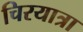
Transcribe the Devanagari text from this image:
चिरयात्रा